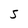
Character: 5